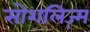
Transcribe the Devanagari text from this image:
सोशलिज़्म